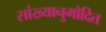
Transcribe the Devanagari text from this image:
सांख्यानुमोदित